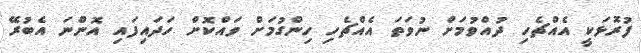
ފުރޮޅަކީ އެއްޗެހި ދުއްވުމަށް ނުވަތަ އެއްޗެހި ހިންގުމަށް ވައްކޮށް ހަދައިފައި އޮންނަ އެބުރޭ